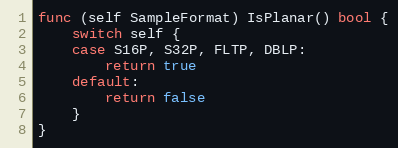
Language: Go
func (self SampleFormat) IsPlanar() bool {
	switch self {
	case S16P, S32P, FLTP, DBLP:
		return true
	default:
		return false
	}
}